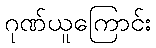
ဂုဏ်ယူကြောင်း